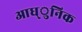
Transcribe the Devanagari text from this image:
आध्ुनिक